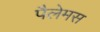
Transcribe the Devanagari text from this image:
पैलेमस